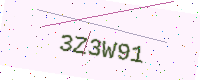
Text: 3Z3W91